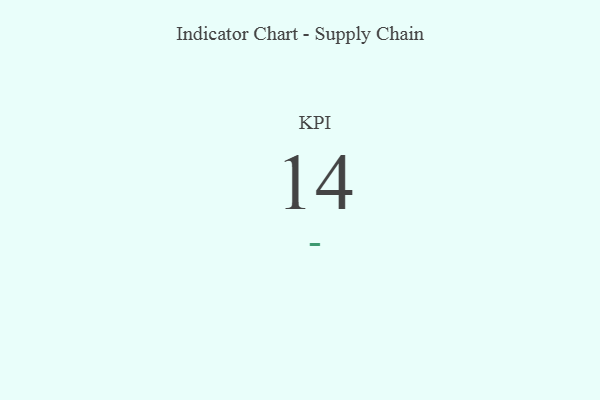
{"axis": {"x": "KPI", "y": "Value"}, "legend": [""], "data": [{"x": "KPI", "y": 14, "type": ""}]}